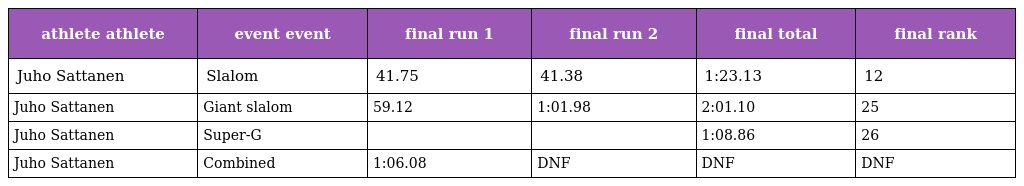
| athlete athlete | event event | final run 1 | final run 2 | final total | final rank |
 | --- | --- | --- | --- | --- | --- |
 | Juho Sattanen | Slalom | 41.75 | 41.38 | 1:23.13 | 12 |
 | Juho Sattanen | Giant slalom | 59.12 | 1:01.98 | 2:01.10 | 25 |
 | Juho Sattanen | Super-G |  |  | 1:08.86 | 26 |
 | Juho Sattanen | Combined | 1:06.08 | DNF | DNF | DNF |